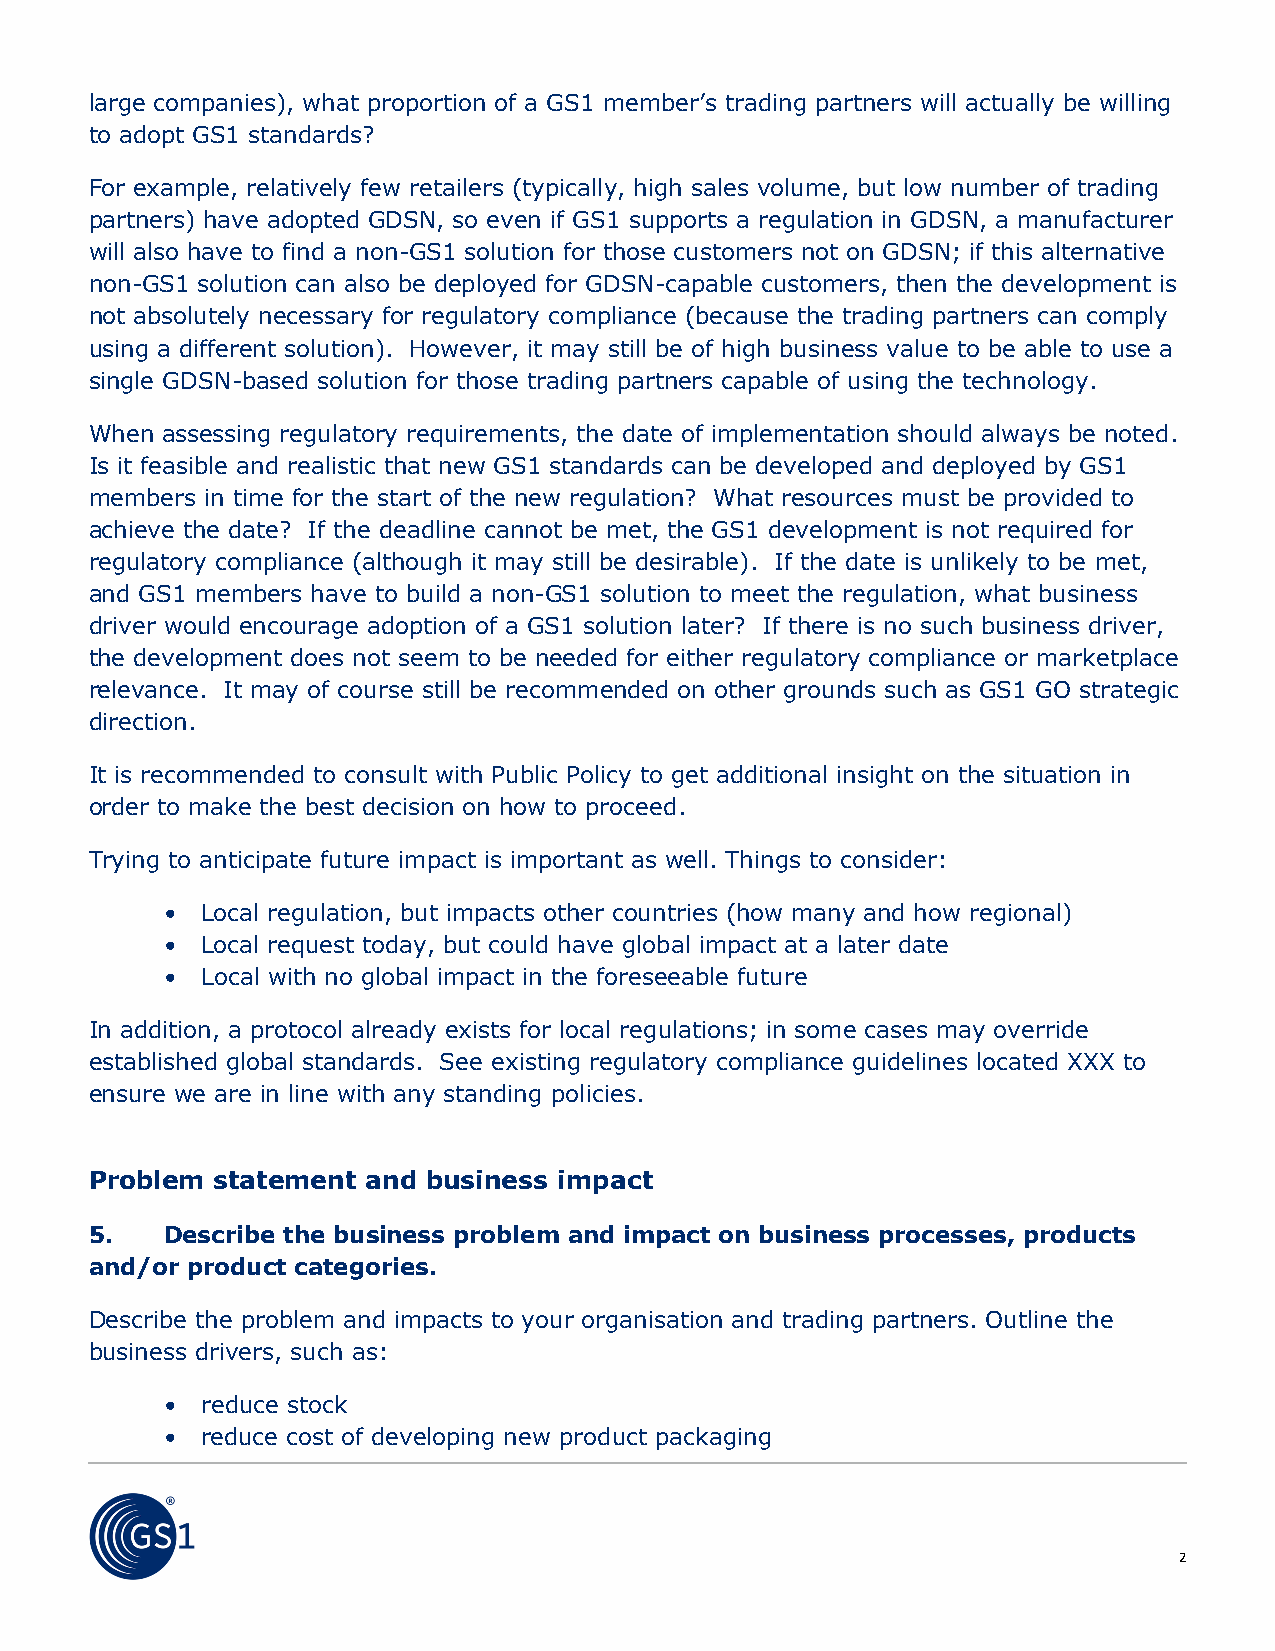
large companies), what proportion of a GS1 member’s trading partners will actually be willing
 to adopt GS1 standards?
 For example, relatively few retailers (typically, high sales volume, but low number of trading
 partners) have adopted GDSN, so even if GS1 supports a regulation in GDSN, a manufacturer
 will also have to find a non-GS1 solution for those customers not on GDSN; if this alternative
 non-GS1 solution can also be deployed for GDSN-capable customers, then the development is
 not absolutely necessary for regulatory compliance (because the trading partners can comply
 using a different solution). However, it may still be of high business value to be able to use a
 single GDSN-based solution for those trading partners capable of using the technology.
 When assessing regulatory requirements, the date of implementation should always be noted.
 Is it feasible and realistic that new GS1 standards can be developed and deployed by GS1
 members in time for the start of the new regulation? What resources must be provided to
 achieve the date? If the deadline cannot be met, the GS1 development is not required for
 regulatory compliance (although it may still be desirable). If the date is unlikely to be met,
 and GS1 members have to build a non-GS1 solution to meet the regulation, what business
 driver would encourage adoption of a GS1 solution later? If there is no such business driver,
 the development does not seem to be needed for either regulatory compliance or marketplace
 relevance. It may of course still be recommended on other grounds such as GS1 GO strategic
 direction.
 It is recommended to consult with Public Policy to get additional insight on the situation in
 order to make the best decision on how to proceed.
 Trying to anticipate future impact is important as well. Things to consider:
 • Local regulation, but impacts other countries (how many and how regional)
 • Local request today, but could have global impact at a later date
 • Local with no global impact in the foreseeable future
 In addition, a protocol already exists for local regulations; in some cases may override
 established global standards. See existing regulatory compliance guidelines located XXX to
 ensure we are in line with any standing policies.
 Problem statement and business impact
 5.   Describe the business problem and impact on business processes, products
 and/or product categories.
 Describe the problem and impacts to your organisation and trading partners. Outline the
 business drivers, such as:
 • reduce stock
 • reduce cost of developing new product packaging
 2